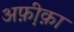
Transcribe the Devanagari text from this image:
अफ़ी़क़ा